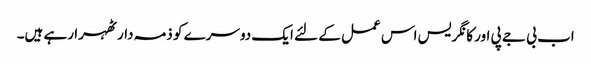
اب بی جے پی اور کانگریس اس عمل کے لئے ایک دوسرے کو ذمہ دار ٹھہرا رہے ہیں۔